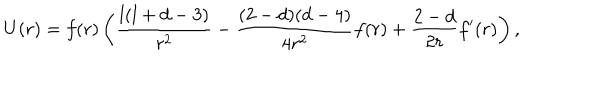
U ( r ) = f ( r ) \left( \frac { l ( l + d - 3 ) } { r ^ { 2 } } - \frac { ( 2 - d ) ( d - 4 ) } { 4 r ^ { 2 } } f ( r ) + \frac { 2 - d } { 2 r } f ^ { \prime } ( r ) \right) ,